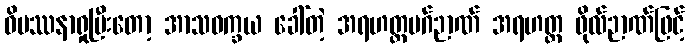
ဝိပဿနာရှုပြီးတော့ အာသဝက္ခယ ခေါ်တဲ့ အရဟတ္တမဂ်ဉာဏ် အရဟတ္တ ဖိုလ်ဉာဏ်ဖြင့်